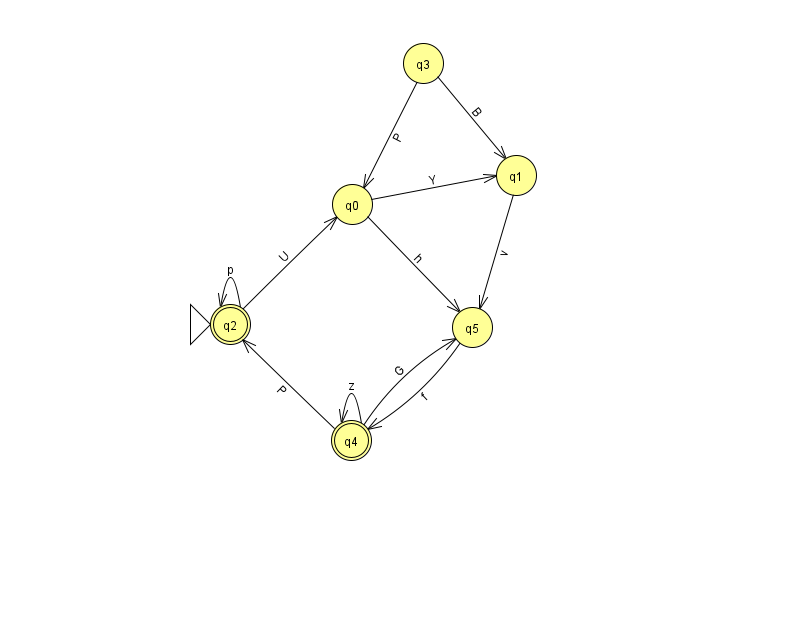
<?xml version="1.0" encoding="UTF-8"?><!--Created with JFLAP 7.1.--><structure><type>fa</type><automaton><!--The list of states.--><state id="0" name="q0"><x>352.0</x><y>191.0</y></state><state id="1" name="q1"><x>516.0</x><y>162.0</y></state><state id="2" name="q2"><x>230.0</x><y>311.0</y><initial/><final/></state><state id="3" name="q3"><x>423.0</x><y>50.0</y></state><state id="4" name="q4"><x>351.0</x><y>427.0</y><final/></state><state id="5" name="q5"><x>472.0</x><y>314.0</y></state><!--The list of transitions.--><transition><from>2</from><to>2</to><read>p</read></transition><transition><from>2</from><to>0</to><read>U</read></transition><transition><from>3</from><to>1</to><read>B</read></transition><transition><from>0</from><to>5</to><read>h</read></transition><transition><from>5</from><to>4</to><read>f</read></transition><transition><from>3</from><to>0</to><read>P</read></transition><transition><from>4</from><to>5</to><read>G</read></transition><transition><from>4</from><to>2</to><read>P</read></transition><transition><from>4</from><to>4</to><read>z</read></transition><transition><from>1</from><to>5</to><read>v</read></transition><transition><from>0</from><to>1</to><read>Y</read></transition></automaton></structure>